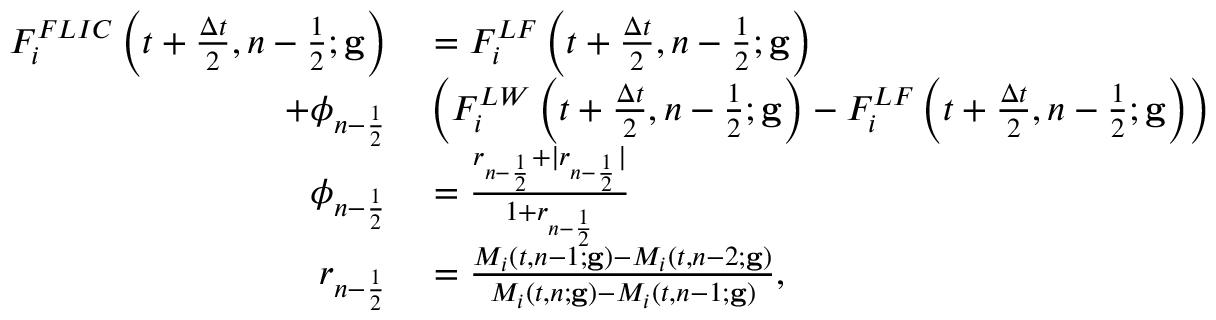
\begin{array} { r l } { F _ { i } ^ { F L I C } \left( t + \frac { \Delta t } { 2 } , n - \frac { 1 } { 2 } ; \mathbf { g } \right) } & { { } = F _ { i } ^ { L F } \left( t + \frac { \Delta t } { 2 } , n - \frac { 1 } { 2 } ; \mathbf { g } \right) } \\ { + \phi _ { n - \frac { 1 } { 2 } } } & { { } \left( F _ { i } ^ { L W } \left( t + \frac { \Delta t } { 2 } , n - \frac { 1 } { 2 } ; \mathbf { g } \right) - F _ { i } ^ { L F } \left( t + \frac { \Delta t } { 2 } , n - \frac { 1 } { 2 } ; \mathbf { g } \right) \right) } \\ { \phi _ { n - \frac { 1 } { 2 } } } & { { } = \frac { r _ { n - \frac { 1 } { 2 } } + | r _ { n - \frac { 1 } { 2 } } | } { 1 + r _ { n - \frac { 1 } { 2 } } } } \\ { r _ { n - \frac { 1 } { 2 } } } & { { } = \frac { M _ { i } ( t , n - 1 ; \mathbf { g } ) - M _ { i } ( t , n - 2 ; \mathbf { g } ) } { M _ { i } ( t , n ; \mathbf { g } ) - M _ { i } ( t , n - 1 ; \mathbf { g } ) } , } \end{array}